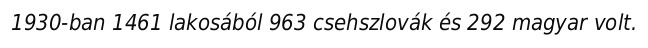
1930-ban 1461 lakosából 963 csehszlovák és 292 magyar volt.